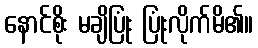
နောင်စိုး မချိပြုံး ပြုံးလိုက်မိ၏။